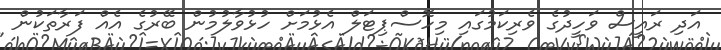
އަދި ރައީސް ވަހީދުގެ ވެރިކަމުގައި މިހޮސްޕިޓަލް އެޅުމަށް ހުޅުވާލުމުން ބޭރުގެ އެއް ފަރާތަކުން